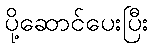
ပို့ဆောင်ပေးပြီး